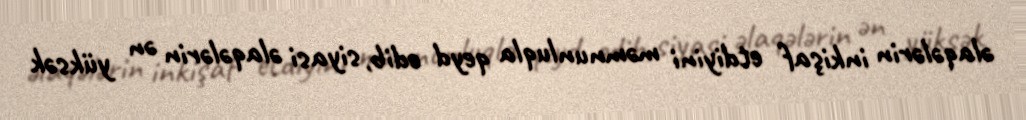
əlaqələrin inkişaf etdiyini məmnunluqla qeyd edib, siyasi əlaqələrin ən yüksək